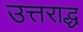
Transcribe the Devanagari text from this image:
उत्तराद्ध